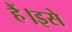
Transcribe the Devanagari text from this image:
हैं।इसे